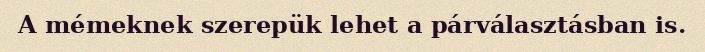
A mémeknek szerepük lehet a párválasztásban is.